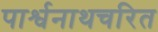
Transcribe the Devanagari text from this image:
पार्श्वनाथचरित